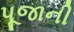
પૂજાની